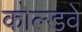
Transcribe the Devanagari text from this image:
कोल्डवे